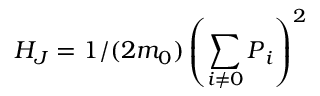
H _ { J } = 1 / ( 2 m _ { 0 } ) \left( \sum _ { i \ne 0 } \boldsymbol { P } _ { i } \right) ^ { 2 }